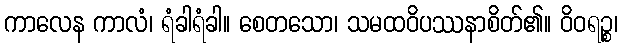
ကာလေန ကာလံ၊ ရံခါရံခါ။ စေတသော၊ သမထဝိပဿနာစိတ်၏။ ဝိဝရဉ္စ၊